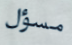
مسؤل